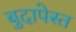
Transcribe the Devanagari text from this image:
बुदापेस्त